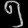
Digit: ၅